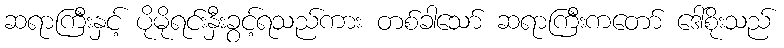
ဆရာကြီးနှင့် ပိုမိုရင်းနှီးခွင့်ရသည်ကား တစ်ခါသော် ဆရာကြီးကတော် ဒေါ်စိုးသည်